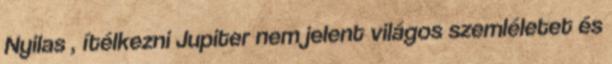
Nyilas , ítélkezni Jupiter nem jelent világos szemléletet és